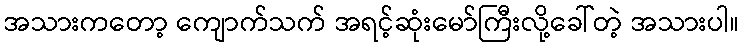
အသားကတော့ ကျောက်သက် အရင့်ဆုံးမော်ကြီးလို့ခေါ်တဲ့ အသားပါ။